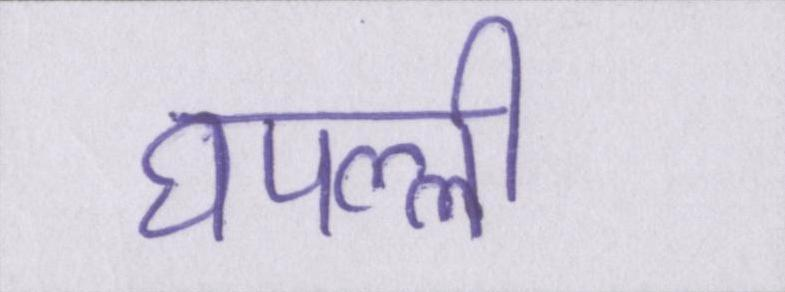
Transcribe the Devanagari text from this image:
घपल्ली